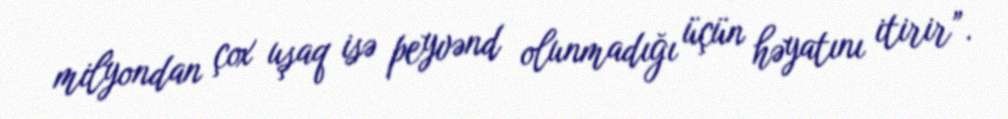
milyondan çox uşaq isə peyvənd olunmadığı üçün həyatını itirir”.